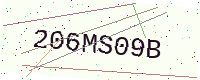
Text: 206MS09B